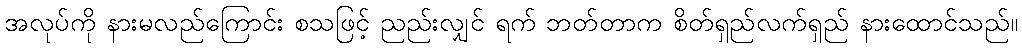
အလုပ်ကို နားမလည်ကြောင်း စသဖြင့် ညည်းလျှင် ရက် ဘတ်တာက စိတ်ရှည်လက်ရှည် နားထောင်သည်။